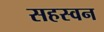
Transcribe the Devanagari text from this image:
सहस्वन